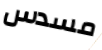
مسدس